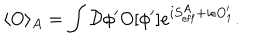
LaTeX: \langle O \rangle _ { A } = \int { \cal D } \phi ^ { \prime } O [ \phi ^ { \prime } ] e ^ { i S _ { \mathrm { e f f } } ^ { A } + i \epsilon O _ { 1 } ^ { \prime } } .